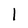
Character: l